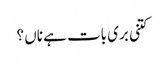
کتنی بری بات ہے ناں ؟